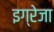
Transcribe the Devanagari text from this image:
इग्रेजा